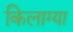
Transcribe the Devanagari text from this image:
किलाग्या